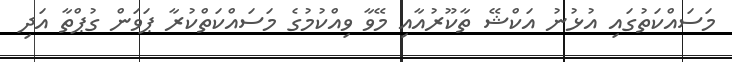
މަސައްކަތުގައި އުޅުނު އަކްޝޭ ތާކޫރުއާއި މޭވާ ވިއްކުމުގެ މަސައްކަތްކުރާ ޕަވަން ގުޕްތާ އަދި